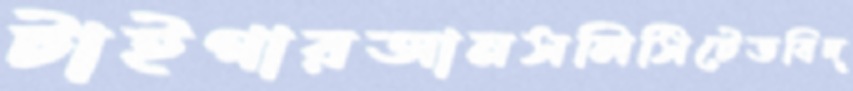
টাইগারআনসলিসিটেডবিদ্